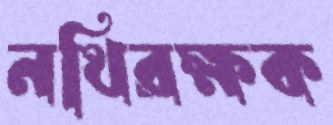
নথিরক্ষক